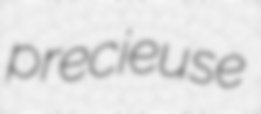
precieuse